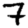
Digit: 7